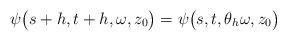
LaTeX: \begin{align*}\psi\big(s + h,t + h,\omega,z_0\big) = \psi\big(s,t,\theta_h \omega, z_0\big)\end{align*}